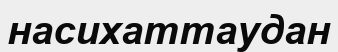
насихаттаудан